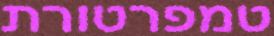
טמפרטורת